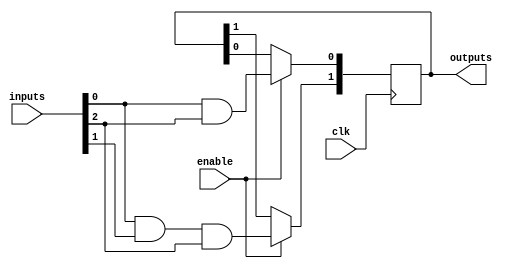
module RPAL #(
    parameter NUM_INPUTS = 4,       // Number of inputs
    parameter NUM_AND_GATES = 4,     // Number of AND gates
    parameter NUM_OUTPUTS = 2        // Number of outputs
)(
    input wire [NUM_INPUTS-1:0] inputs, // Input signals
    input wire clk,                     // Clock signal
    input wire enable,                  // Enable signal for flip-flops
    output reg [NUM_OUTPUTS-1:0] outputs // Registered outputs
);

// Internal wires for AND gate outputs
wire [NUM_AND_GATES-1:0] and_outputs;

// Programmable AND array
genvar i, j;
generate
    for (i = 0; i < NUM_AND_GATES; i = i + 1) begin : and_gate
        assign and_outputs[i] = 
            (inputs[0] & (i[0] ? inputs[1] : 1'b1)) & // Example programming
            (inputs[2] & (i[1] ? inputs[3] : 1'b1)); // Example programming
    end
endgenerate

// Registered outputs using D flip-flops
always @(posedge clk) begin
    if (enable) begin
        outputs[0] <= and_outputs[0]; // Register output from AND gate 0
        outputs[1] <= and_outputs[1]; // Register output from AND gate 1
        // Additional outputs can be registered as needed
    end
end

endmodule